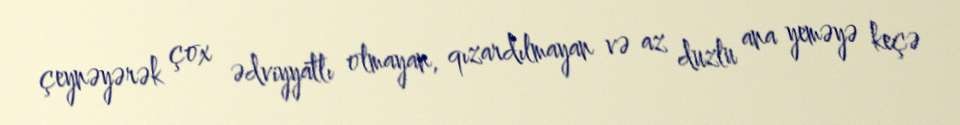
çeynəyərək çox ədviyyatlı olmayan, qızardılmayan və az duzlu ana yeməyə keçə